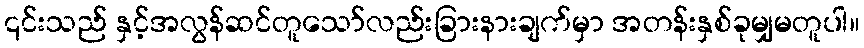
၎င်းသည် နှင့်အလွန်ဆင်တူသော်လည်းခြားနားချက်မှာ အတန်းနှစ်ခုမျှမတူပါ။